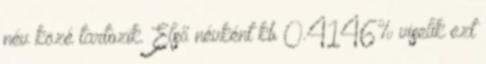
név közé tartozik. Első névként kb 0.4146% viselik ezt